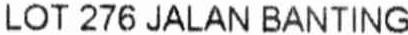
LOT 276 JALAN BANTING